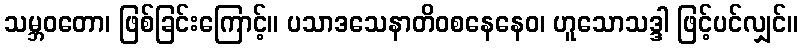
သမ္ဘဝတော၊ ဖြစ်ခြင်းကြောင့်။ ပသာဒသေနာတိဝစနေနေဝ၊ ဟူသောသဒ္ဒါ ဖြင့်ပင်လျှင်။